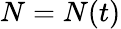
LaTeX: N=N(t)